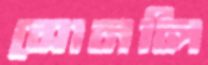
সোনলি